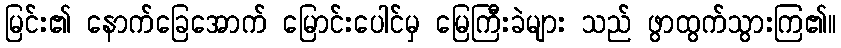
မြင်း၏ နောက်ခြေအောက် မြောင်းပေါင်မှ မြေကြီးခဲများ သည် ဖွာထွက်သွားကြ၏။